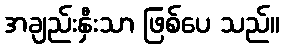
အချည်းနှီးသာ ဖြစ်ပေ သည်။